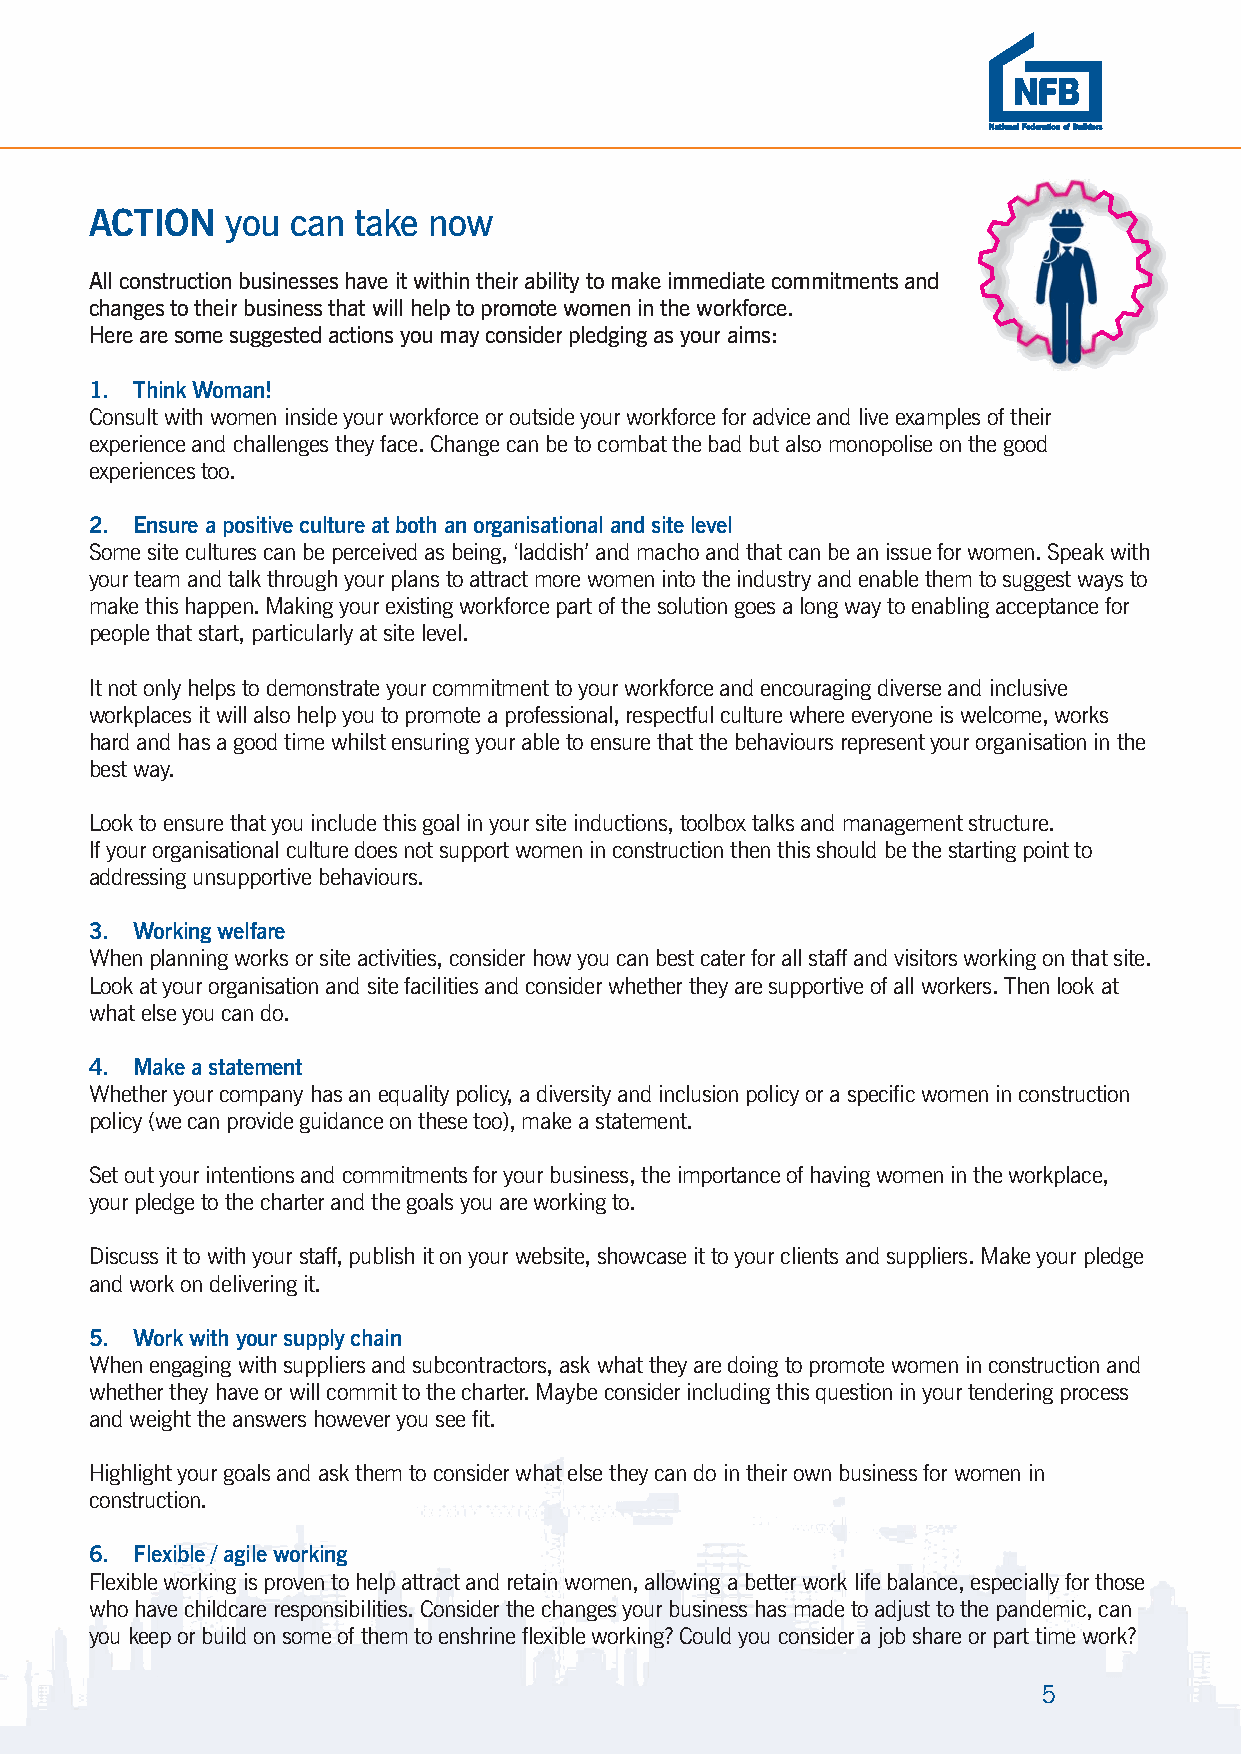
NFB-8pp-Women In Construction-SEPT2021.qxp_Layout 1 28/09/2021 10:19 Page 5
 ACTION   you can take now
 All construction businesses have it within their ability to make immediate commitments and
 changes to their business that will help to promote women in the workforce.
 Here are some suggested actions you may consider pledging as your aims:
 1. Think Woman!
 Consult with women inside your workforce or outside your workforce for advice and live examples of their
 experience and challenges they face. Change can be to combat the bad but also monopolise on the good
 experiences too.
 2. Ensure a positive culture at both an organisational and site level
 Some site cultures can be perceived as being, ‘laddish’ and macho and that can be an issue for women. Speak with
 your team and talk through your plans to attract more women into the industry and enable them to suggest ways to
 make this happen. Making your existing workforce part of the solution goes a long way to enabling acceptance for
 people that start, particularly at site level.
 It not only helps to demonstrate your commitment to your workforce and encouraging diverse and inclusive
 workplaces it will also help you to promote a professional, respectful culture where everyone is welcome, works
 hard and has a good time whilst ensuring your able to ensure that the behaviours represent your organisation in the
 best way.
 Look to ensure that you include this goal in your site inductions, toolbox talks and management structure.
 If your organisational culture does not support women in construction then this should be the starting point to
 addressing unsupportive behaviours.
 3. Working welfare
 When planning works or site activities, consider how you can best cater for all staff and visitors working on that site.
 Look at your organisation and site facilities and consider whether they are supportive of all workers. Then look at
 what else you can do.
 4. Make a statement
 Whether your company has an equality policy, a diversity and inclusion policy or a specific women in construction
 policy (we can provide guidance on these too), make a statement.
 Set out your intentions and commitments for your business, the importance of having women in the workplace,
 your pledge to the charter and the goals you are working to.
 Discuss it to with your staff, publish it on your website, showcase it to your clients and suppliers. Make your pledge
 and work on delivering it.
 5. Work with your supply chain
 When engaging with suppliers and subcontractors, ask what they are doing to promote women in construction and
 whether they have or will commit to the charter. Maybe consider including this question in your tendering process
 and weight the answers however you see fit.
 Highlight your goals and ask them to consider what else they can do in their own business for women in
 construction.
 6. Flexible / agile working
 Flexible working is proven to help attract and retain women, allowing a better work life balance, especially for those
 who have childcare responsibilities. Consider the changes your business has made to adjust to the pandemic, can
 you keep or build on some of them to enshrine flexible working? Could you consider a job share or part time work?
 5